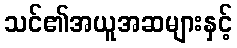
သင်၏အယူအဆများနှင့်